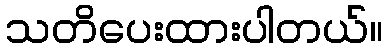
သတိပေးထားပါတယ်။